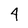
Character: 4